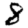
Digit: 8